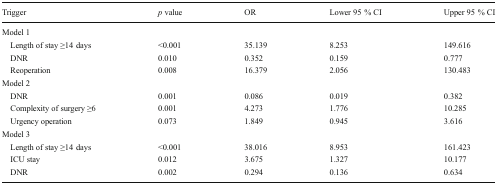
| Trigger | p value | OR | Lower 95 % CI | Upper 95 % CI |
 | --- | --- | --- | --- | --- |
 | <COLSPAN=5> Model 1 |
 | Length of stay ≥14 days | <0.001 | 35.139 | 8.253 | 149.616 |
 | DNR | 0.010 | 0.352 | 0.159 | 0.777 |
 | Reoperation | 0.008 | 16.379 | 2.056 | 130.483 |
 | <COLSPAN=5> Model 2 |
 | DNR | 0.001 | 0.086 | 0.019 | 0.382 |
 | Complexity of surgery ≥6 | 0.001 | 4.273 | 1.776 | 10.285 |
 | Urgency operation | 0.073 | 1.849 | 0.945 | 3.616 |
 | <COLSPAN=5> Model 3 |
 | Length of stay ≥14 days | <0.001 | 38.016 | 8.953 | 161.423 |
 | ICU stay | 0.012 | 3.675 | 1.327 | 10.177 |
 | DNR | 0.002 | 0.294 | 0.136 | 0.634 |